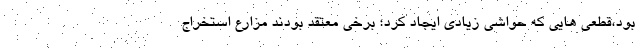
بود،قطعی هایی که حواشی زیادی ایجاد کرد؛ برخی معتقد بودند مزارع استخراج